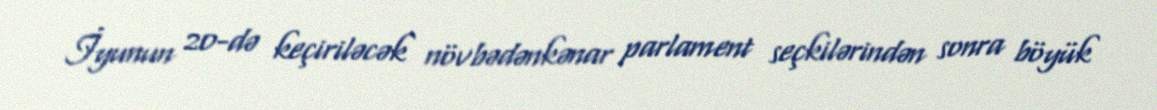
İyunun 20-də keçiriləcək növbədənkənar parlament seçkilərindən sonra böyük